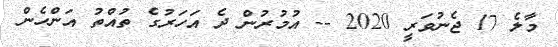
މާލެ 17 ޖެނުވަރީ 2020 -- އުމުރުން ދެ އަހަރުގެ ތުއްތު އަންހެން